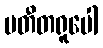
ပတီတရူပေါ